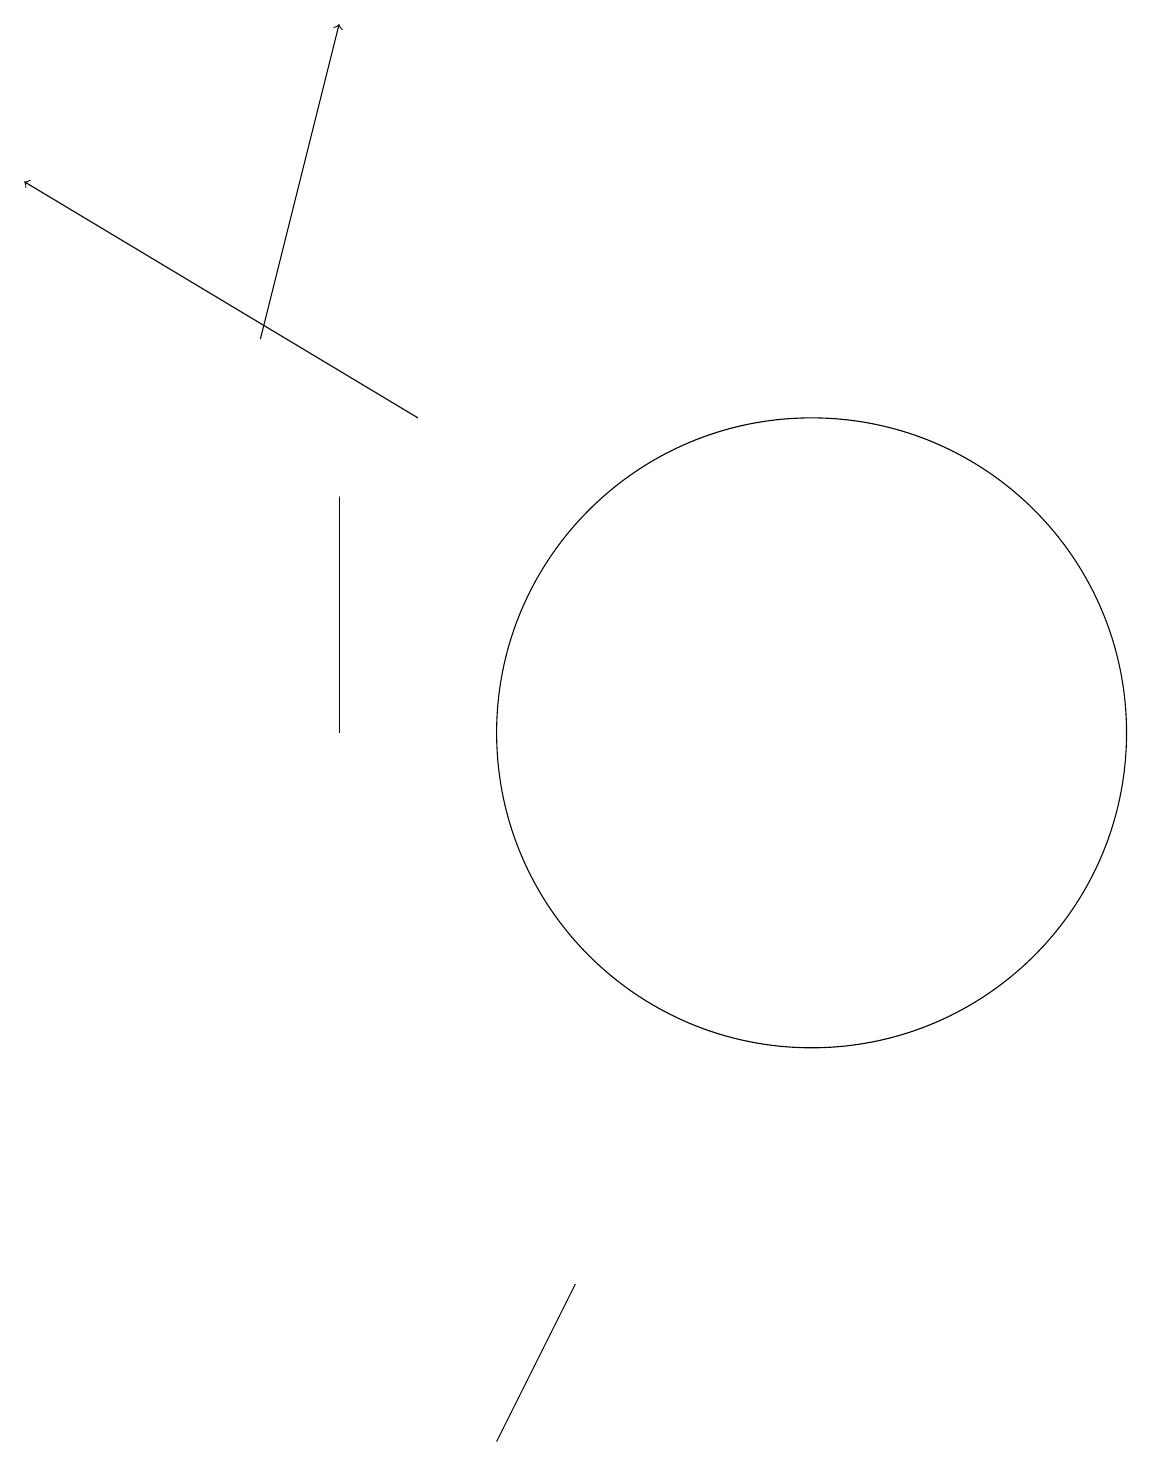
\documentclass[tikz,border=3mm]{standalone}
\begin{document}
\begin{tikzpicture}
\draw (7,3) -- (6,1) -- (7,3) -- cycle;
\draw[->] (5,14) -- (0,17);
\draw (10,10) circle (4);
\draw (4,10) rectangle (4,13);
\draw[->] (3,15) -- (4,19);
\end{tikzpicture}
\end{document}